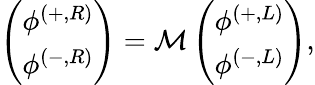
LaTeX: \begin{array}{r}{\left(\begin{array}{c}{\phi^{(+,R)}}\\ {\phi^{(-,R)}}\end{array}\right)=\mathcal{M}\left(\begin{array}{c}{\phi^{(+,L)}}\\ {\phi^{(-,L)}}\end{array}\right),}\end{array}